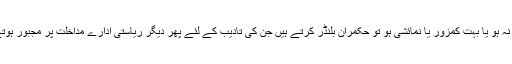
یہ اگر نہ ہو یا بہت کمزور یا نمائشی ہو تو حکمران بلنڈر کرتے ہیں جن کی تادیب کے لئے پھر دیگر ریاستی ادارے مداخلت پر مجبور ہوتے ہیں۔